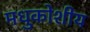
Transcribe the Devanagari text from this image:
मधुकोशीय